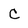
Character: C